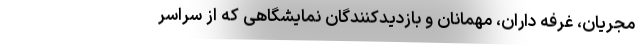
مجریان، غرفه داران، مهمانان و بازدیدکنندگان نمایشگاهی که از سراسر